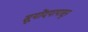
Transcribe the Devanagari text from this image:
सूयोंदयापासून